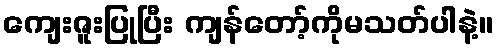
ကျေးဇူးပြုပြီး ကျန်တော့်ကိုမသတ်ပါနဲ့။